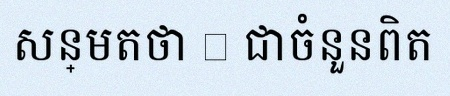
សន្មតថា x ជាចំនួនពិត